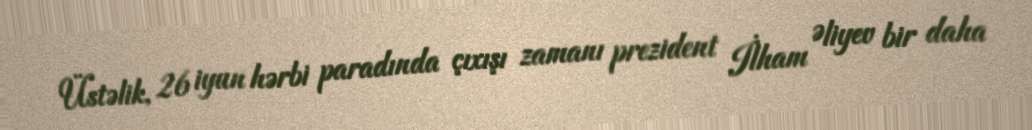
Üstəlik, 26 iyun hərbi paradında çıxışı zamanı prezident İlham Əliyev bir daha